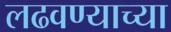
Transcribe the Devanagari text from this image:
लढवण्याच्या